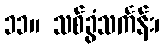
၁၁။ သစ်ခွံသင်္ကန်း၊